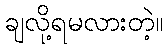
ချလို့ရမလားတဲ့။